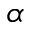
\alpha